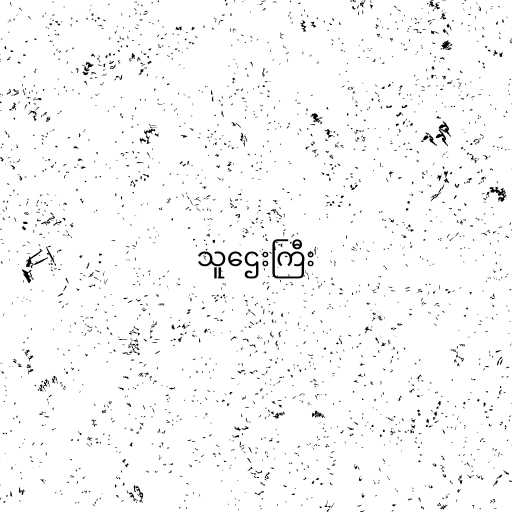
သူဌေးကြီး